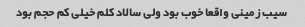
سیب زمینی واقعا خوب بود ولی سالاد کلم خیلی کم حجم بود